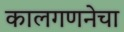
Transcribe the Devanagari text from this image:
कालगणनेचा